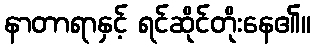
နာတာရာနှင့် ရင်ဆိုင်တိုးနေ၏။